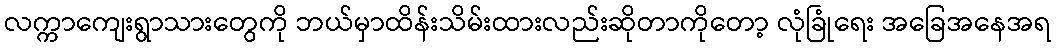
လက္ကာကျေးရွာသားတွေကို ဘယ်မှာထိန်းသိမ်းထားလည်းဆိုတာကိုတော့ လုံခြုံရေး အခြေအနေအရ